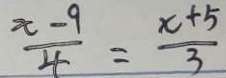
\frac { x - 9 } { 4 } = \frac { x + 5 } { 3 }